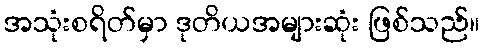
အသုံးစရိတ်မှာ ဒုတိယအများဆုံး ဖြစ်သည်။